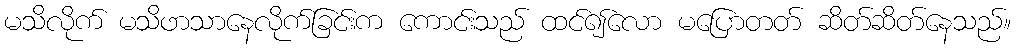
မသိလိုက် မသိဖာသာနေလိုက်ခြင်းက ကောင်းသည် ထင်၍လော မပြောတတ် ဆိတ်ဆိတ်နေသည်။